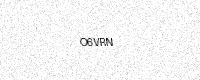
Text: O6VRN